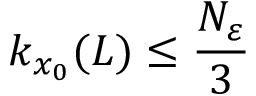
k _ { x _ { 0 } } ( L ) \leq \frac { N _ { \varepsilon } } { 3 }